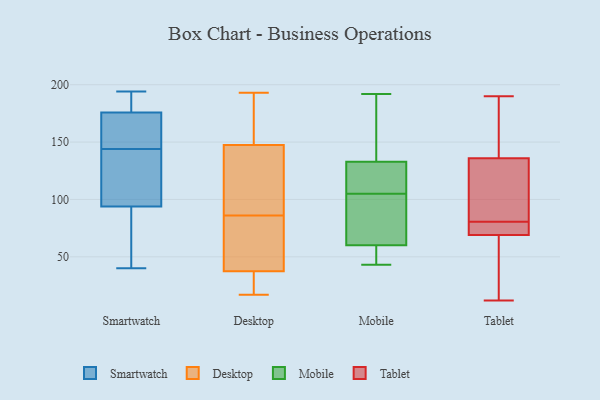
{"axis": {"x": "Website Visitors", "y": "Value"}, "legend": ["Desktop", "Mobile", "Smartwatch", "Tablet"], "data": [{"x": "", "y": 136, "type": "Smartwatch"}, {"x": "", "y": 146, "type": "Smartwatch"}, {"x": "", "y": 184, "type": "Smartwatch"}, {"x": "", "y": 194, "type": "Smartwatch"}, {"x": "", "y": 69, "type": "Smartwatch"}, {"x": "", "y": 131, "type": "Smartwatch"}, {"x": "", "y": 78, "type": "Smartwatch"}, {"x": "", "y": 189, "type": "Smartwatch"}, {"x": "", "y": 157, "type": "Smartwatch"}, {"x": "", "y": 144, "type": "Smartwatch"}, {"x": "", "y": 132, "type": "Smartwatch"}, {"x": "", "y": 40, "type": "Smartwatch"}, {"x": "", "y": 40, "type": "Smartwatch"}, {"x": "", "y": 186, "type": "Smartwatch"}, {"x": "", "y": 99, "type": "Smartwatch"}, {"x": "", "y": 173, "type": "Smartwatch"}, {"x": "", "y": 148, "type": "Smartwatch"}, {"x": "", "y": 185, "type": "Desktop"}, {"x": "", "y": 132, "type": "Desktop"}, {"x": "", "y": 93, "type": "Desktop"}, {"x": "", "y": 66, "type": "Desktop"}, {"x": "", "y": 44, "type": "Desktop"}, {"x": "", "y": 193, "type": "Desktop"}, {"x": "", "y": 142, "type": "Desktop"}, {"x": "", "y": 17, "type": "Desktop"}, {"x": "", "y": 68, "type": "Desktop"}, {"x": "", "y": 180, "type": "Desktop"}, {"x": "", "y": 81, "type": "Desktop"}, {"x": "", "y": 91, "type": "Desktop"}, {"x": "", "y": 22, "type": "Desktop"}, {"x": "", "y": 31, "type": "Desktop"}, {"x": "", "y": 30, "type": "Desktop"}, {"x": "", "y": 153, "type": "Desktop"}, {"x": "", "y": 61, "type": "Mobile"}, {"x": "", "y": 48, "type": "Mobile"}, {"x": "", "y": 166, "type": "Mobile"}, {"x": "", "y": 57, "type": "Mobile"}, {"x": "", "y": 80, "type": "Mobile"}, {"x": "", "y": 105, "type": "Mobile"}, {"x": "", "y": 144, "type": "Mobile"}, {"x": "", "y": 131, "type": "Mobile"}, {"x": "", "y": 72, "type": "Mobile"}, {"x": "", "y": 109, "type": "Mobile"}, {"x": "", "y": 97, "type": "Mobile"}, {"x": "", "y": 109, "type": "Mobile"}, {"x": "", "y": 43, "type": "Mobile"}, {"x": "", "y": 110, "type": "Mobile"}, {"x": "", "y": 192, "type": "Mobile"}, {"x": "", "y": 57, "type": "Mobile"}, {"x": "", "y": 138, "type": "Mobile"}, {"x": "", "y": 87, "type": "Tablet"}, {"x": "", "y": 167, "type": "Tablet"}, {"x": "", "y": 190, "type": "Tablet"}, {"x": "", "y": 12, "type": "Tablet"}, {"x": "", "y": 69, "type": "Tablet"}, {"x": "", "y": 74, "type": "Tablet"}, {"x": "", "y": 95, "type": "Tablet"}, {"x": "", "y": 47, "type": "Tablet"}, {"x": "", "y": 136, "type": "Tablet"}, {"x": "", "y": 72, "type": "Tablet"}]}